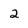
Character: 2